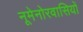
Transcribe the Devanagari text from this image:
नूमेनोरवासियों